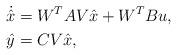
LaTeX: \begin{align*} \dot{\hat x} &= W^T A V \hat x + W^T B u, \\ \hat y &= C V \hat x, \end{align*}